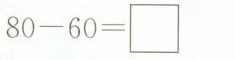
$$8 0 - 6 0 = \Box$$